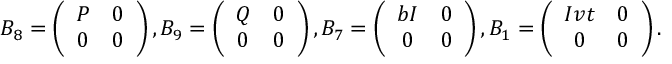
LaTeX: B _ { 8 } = \left( \begin{array} { c c } { { P } } & { { 0 } } \\ { { 0 } } & { { 0 } } \end{array} \right) , B _ { 9 } = \left( \begin{array} { c c } { { Q } } & { { 0 } } \\ { { 0 } } & { { 0 } } \end{array} \right) , B _ { 7 } = \left( \begin{array} { c c } { { b I } } & { { 0 } } \\ { { 0 } } & { { 0 } } \end{array} \right) , B _ { 1 } = \left( \begin{array} { c c } { { I v t } } & { { 0 } } \\ { { 0 } } & { { 0 } } \end{array} \right) .